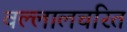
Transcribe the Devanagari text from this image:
वल्लालचरित